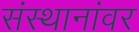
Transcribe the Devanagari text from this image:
संस्थानांवर